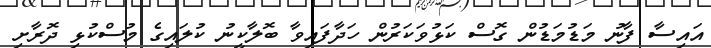
އައިސާ ފާނު މަޑުމަޑުން ގޮސް ކަޅުވަކަރުން ހަދާފައިވާ ބޮލާކީނު ކުލައިގެ މުސްކުޅި ދޮރާށި